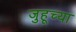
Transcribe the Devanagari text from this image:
जुहूच्या